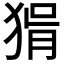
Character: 𤟕